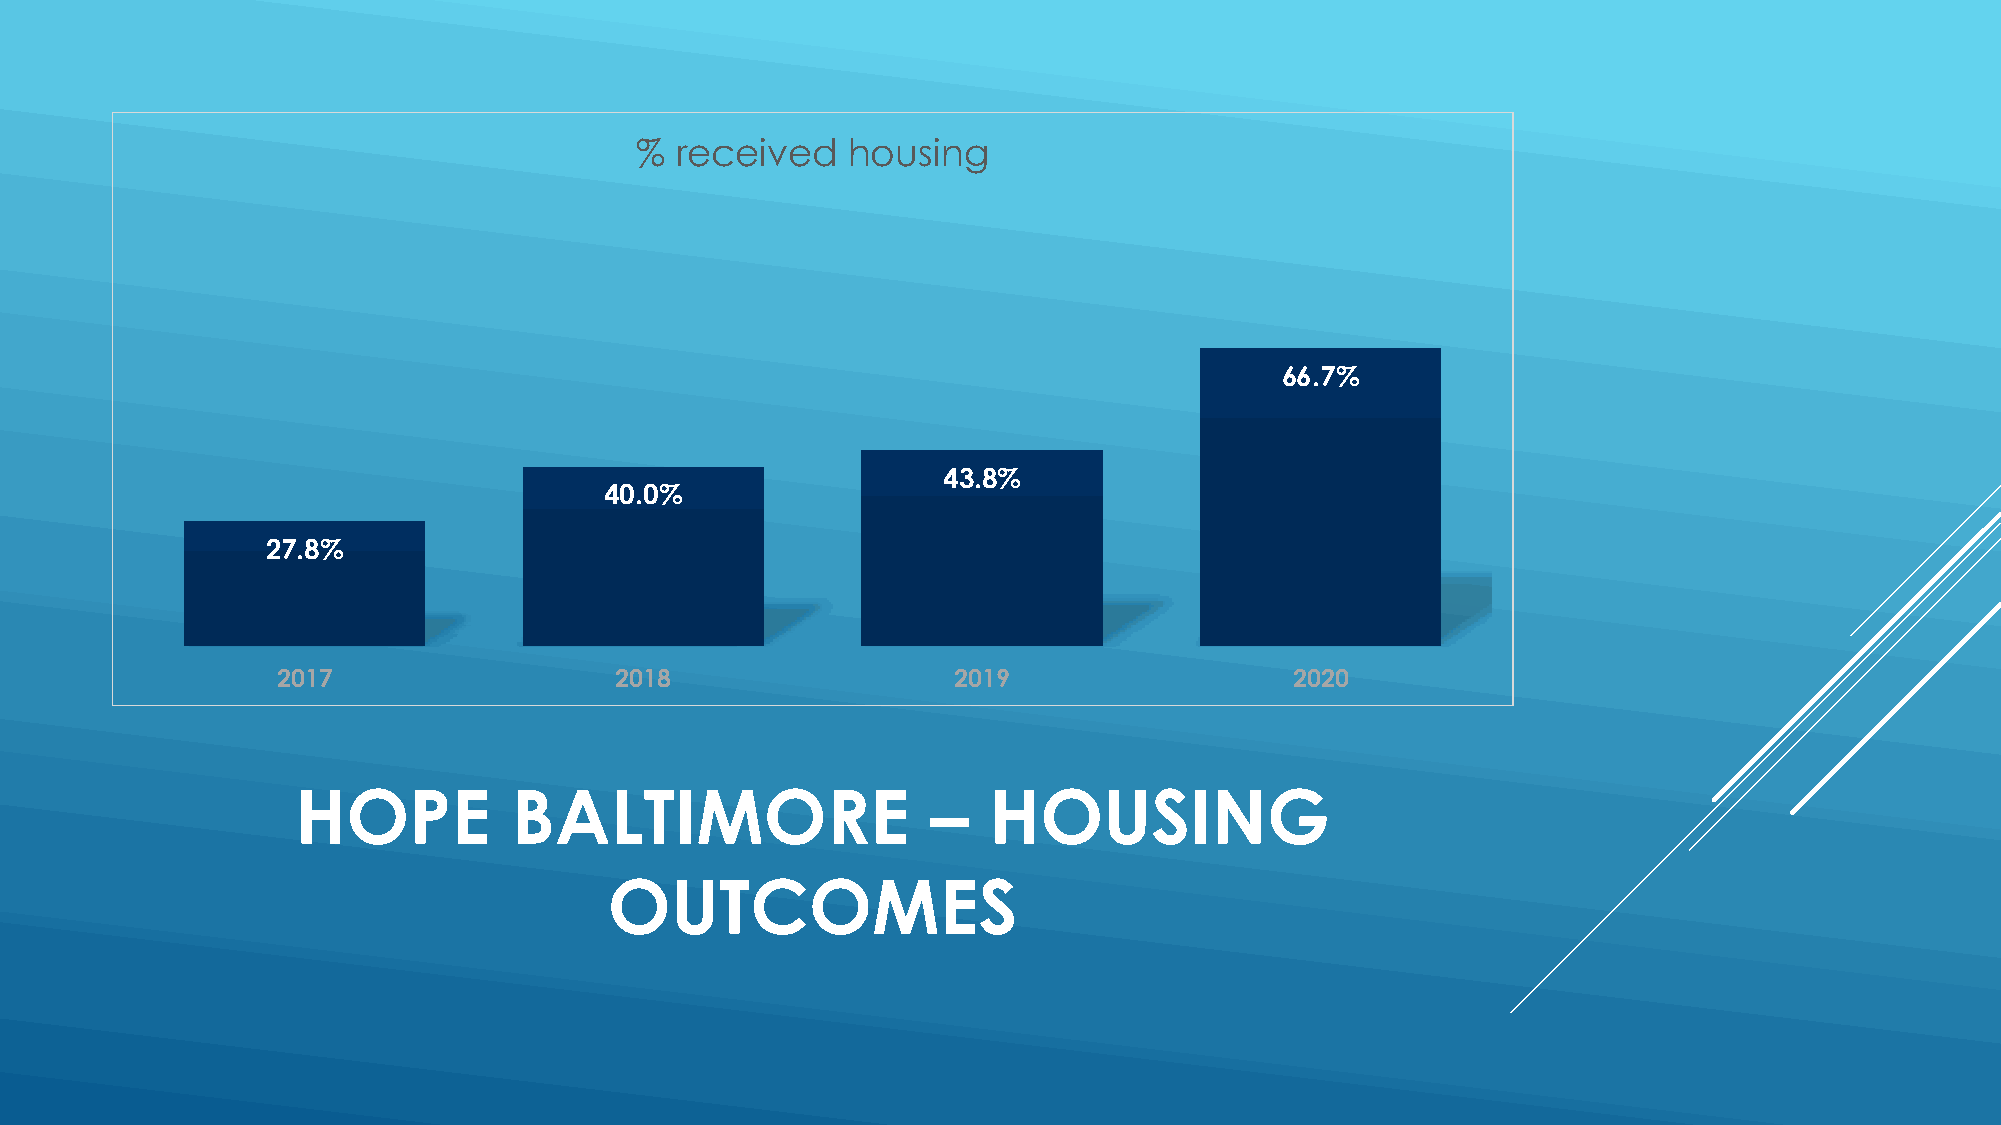
%  received   housing
 66.7%
 43.8%
 40.0%
 27.8%
 2017                   2018                  2019                   2020
 HOPE          BALTIMORE                   –  HOUSING
 OUTCOMES